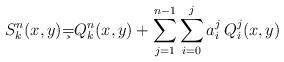
LaTeX: \begin{align*} S^n_k(x,y) \c= Q^n_k(x,y)+\sum_{j=1}^{n-1} \sum_{i=0}^j a_i^j \, Q_i^j(x,y)\end{align*}